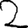
Digit: 2